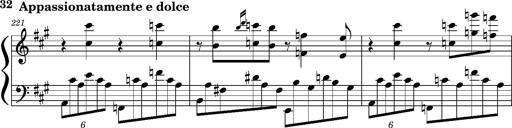
Title: Concerto sans orchestre, S.524a
Composer: Franz Liszt
Key: A major